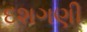
દશગણી